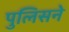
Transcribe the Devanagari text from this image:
पुलिसने